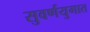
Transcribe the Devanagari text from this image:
सुवर्णयुगात